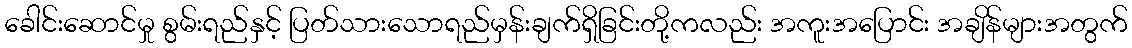
ခေါင်းဆောင်မှု စွမ်းရည်နှင့် ပြတ်သားသောရည်မှန်းချက်ရှိခြင်းတို့ကလည်း အကူးအပြောင်း အချိန်များအတွက်